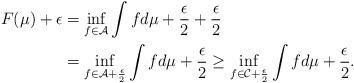
LaTeX: \begin{align*} F(\mu)+\epsilon&=\inf_{f\in \mathcal{A}}\int fd\mu+\frac{\epsilon}{2}+\frac{\epsilon}{2}\\ &=\inf_{f\in\mathcal{A}+\frac{\epsilon}{2}}\int fd\mu+\frac{\epsilon}{2}\geq \inf_{f\in\mathcal{C}+\frac{\epsilon}{2}}\int fd\mu+\frac{\epsilon}{2}.\end{align*}